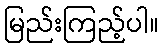
မြည်းကြည့်ပါ။